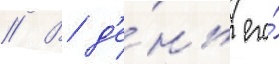
// В д'е́нь его́